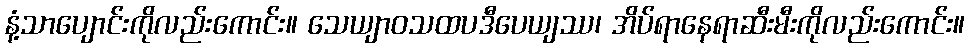
နံ့သာပျောင်းကိုလည်းကောင်း။ သေယျာဝသထပဒီပေယျဿ၊ အိပ်ရာနေရာဆီးမီးကိုလည်းကောင်း။